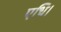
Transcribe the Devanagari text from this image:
एधि।